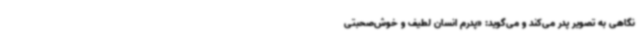
نگاهی به تصویر پدر می‌کند و می‌گوید: «پدرم انسان لطیف و خوش‌صحبتی